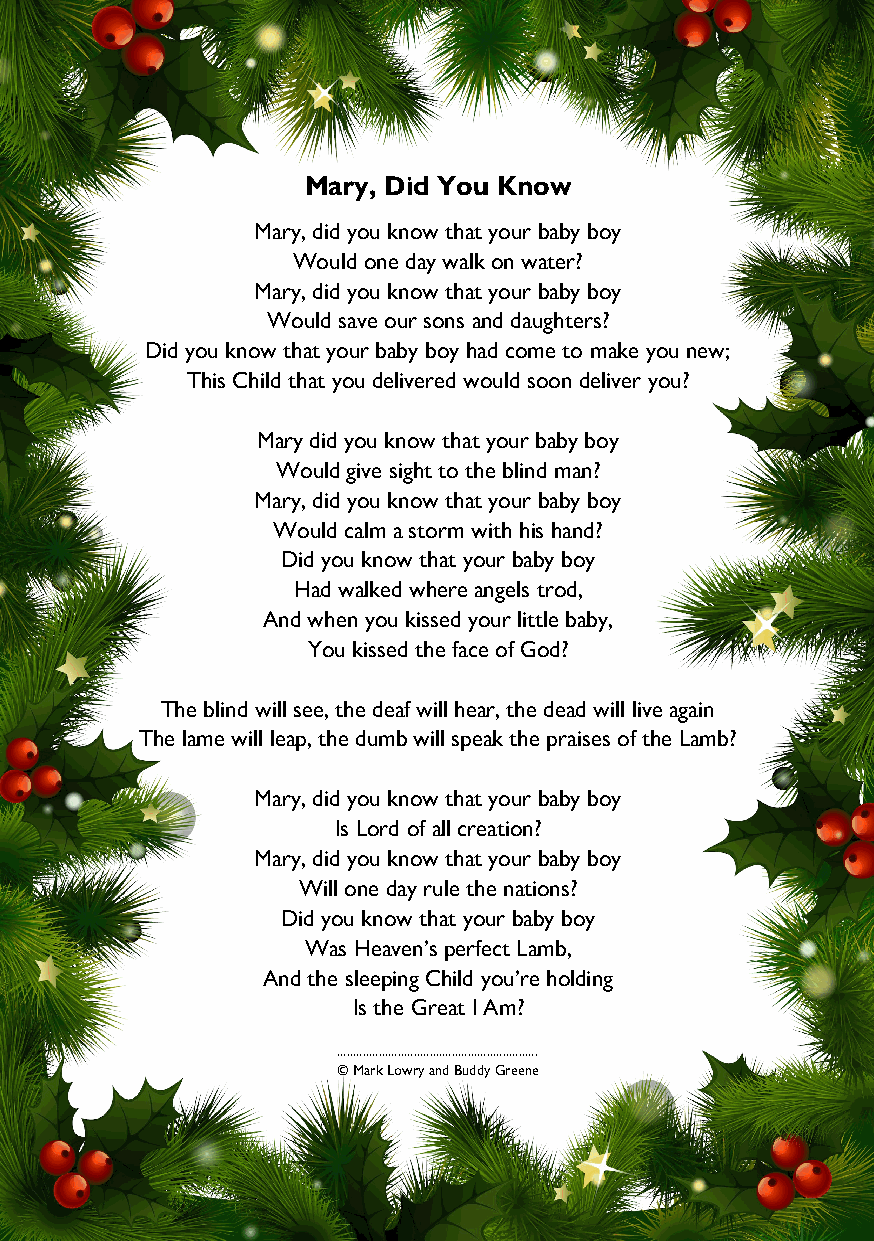
Mary, Did You Know
 Mary, did you know that your baby boy
 Would one day walk on water?
 Mary, did you know that your baby boy
 Would save our sons and daughters?
 Did you know that your baby boy had come to make you new;
 This Child that you delivered would soon deliver you?
 Mary did you know that your baby boy
 Would give sight to the blind man?
 Mary, did you know that your baby boy
 Would calm a storm with his hand?
 Did you know that your baby boy
 Had walked where angels trod,
 And when you kissed your little baby,
 You kissed the face of God?
 The blind will see, the deaf will hear, the dead will live again
 The lame will leap, the dumb will speak the praises of the Lamb?
 Mary, did you know that your baby boy
 Is Lord of all creation?
 Mary, did you know that your baby boy
 Will one day rule the nations?
 Did you know that your baby boy
 Was Heaven’s perfect Lamb,
 And the sleeping Child you’re holding
 Is the Great I Am?
 ...............................................................
 © Mark Lowry and Buddy Greene
 21